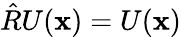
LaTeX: \hat{R}U(\mathbf{x})=U(\mathbf{x})